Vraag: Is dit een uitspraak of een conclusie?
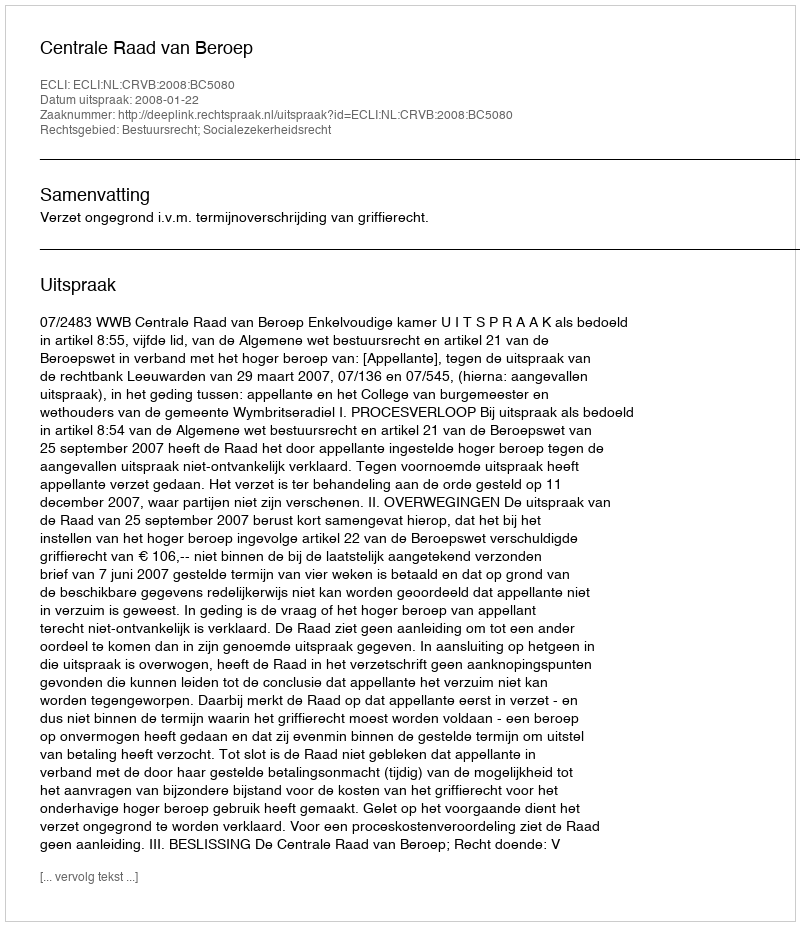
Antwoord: Uitspraak